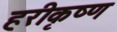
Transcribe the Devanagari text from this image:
हरीकृष्ण